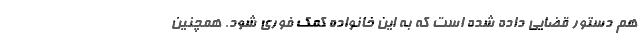
هم دستور قضایی داده شده است که به این خانواده کمک فوری شود. همچنین